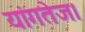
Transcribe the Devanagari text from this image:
यांगतेज।